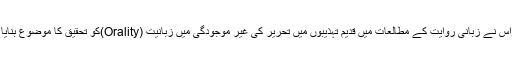
اسٹراس نے زبانی روایت کے مطالعات میں قدیم تہذیبوں میں تحریر کی غیر موجودگی میں زبانیت (Orality)کو تحقیق کا موضوع بنایا ہے۔